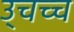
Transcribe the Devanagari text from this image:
उ्चच्च